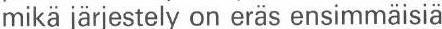
mikä järjestely on eräs ensimmäisiä